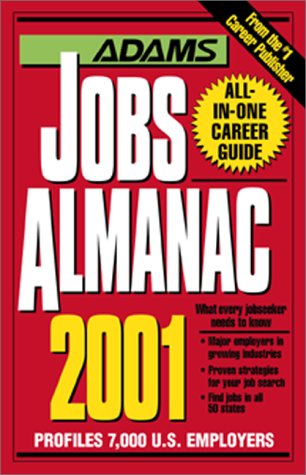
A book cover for Adams Jobs Almanac (2001); Adams Media; Business & Money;